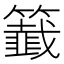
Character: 籖